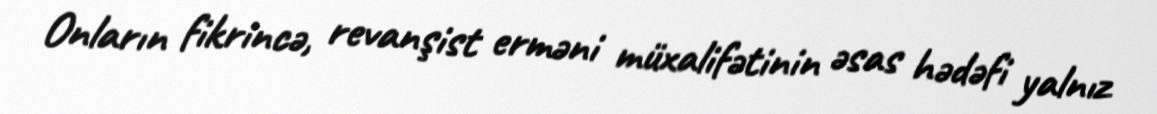
Onların fikrincə, revanşist erməni müxalifətinin əsas hədəfi yalnız